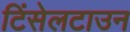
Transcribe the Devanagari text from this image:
टिंसेलटाउन